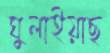
ঘুলাইয়াছ